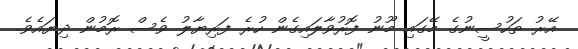
އޭރު ތަހުސީނުގެ މޭގައި މޫނު ފޮރުވާލައިގެން ހުރެ ފަރިޔާލު ވެސް ރޮމުން ދިޔައެވެ.